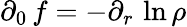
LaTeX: \partial_{0}\, f=-\partial_{r}\, \ln\rho